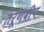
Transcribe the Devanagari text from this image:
तरूणदीप